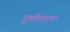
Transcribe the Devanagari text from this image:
घूर्णवातात